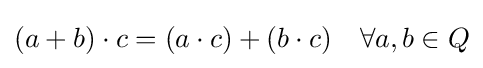
(a+b)\cdot c=(a\cdot c)+(b\cdot c)\quad \forall a,b\in Q